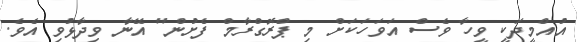
އުއްމީދަކީ ވީހާ ވެސް އަވަހަކަށް މި ޕްރޮގްރާމް ފެށުން" އޭނާ ވިދާޅުވި އެވެ.